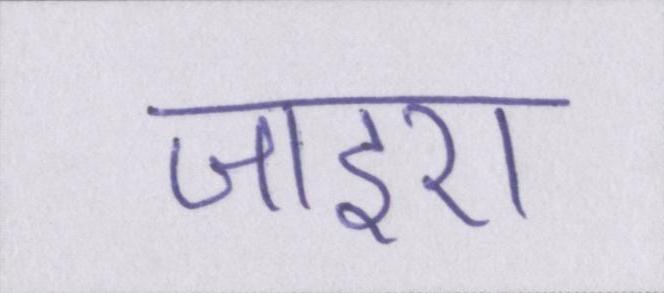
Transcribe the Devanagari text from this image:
जाइए